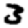
Digit: 3